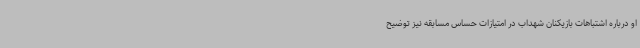
او درباره اشتباهات بازیکنان شهداب در امتیازات حساس مسابقه نیز توضیح